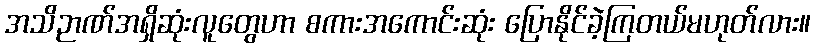
အသိဉာဏ်အရှိဆုံးလူတွေဟာ စကားအကောင်းဆုံး ပြောနိုင်ခဲ့ကြတယ်မဟုတ်လား။